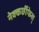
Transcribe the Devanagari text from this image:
नेक्कर्छीफेस्